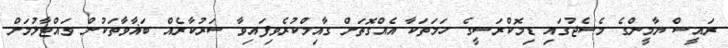
ރައީސް ޔާމީންގެ މެސެޖުގައި ޑިމޮކްރަސީގެ ހަމަތަކާ އެއްގޮތަށް ގާއިމްކުރެވިފައިވާ ސަރުކާރެއް ބަޣާވާތަކުން ވައްޓާލުމަށް